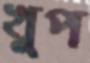
খুপ